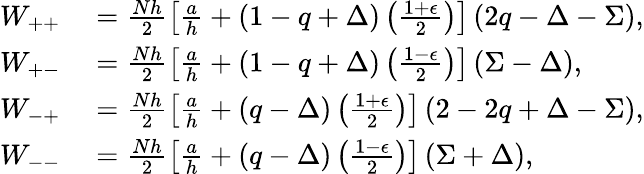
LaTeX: \begin{array}{rl}{W_{++}}&{{}=\frac{Nh}{2}\left[\frac{a}{h}+\left(1-q+\Delta\right)\left(\frac{1+\epsilon}{2}\right)\right]\left(2q-\Delta-\Sigma\right),}\\ {W_{+-}}&{{}=\frac{Nh}{2}\left[\frac{a}{h}+\left(1-q+\Delta\right)\left(\frac{1-\epsilon}{2}\right)\right]\left(\Sigma-\Delta\right),}\\ {W_{-+}}&{{}=\frac{Nh}{2}\left[\frac{a}{h}+\left(q-\Delta\right)\left(\frac{1+\epsilon}{2}\right)\right]\left(2-2q+\Delta-\Sigma\right),}\\ {W_{--}}&{{}=\frac{Nh}{2}\left[\frac{a}{h}+\left(q-\Delta\right)\left(\frac{1-\epsilon}{2}\right)\right]\left(\Sigma+\Delta\right),}\end{array}